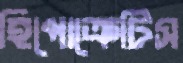
হিপোক্রেটিস